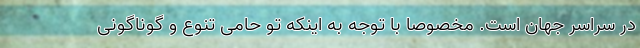
در سراسر جهان است. مخصوصا با توجه به اینکه تو حامی تنوع و گوناگونی